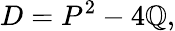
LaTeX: D=P^{2}-4\mathbb{Q},